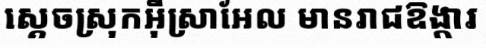
ស្តេចស្រុកអ៊ីស្រាអែល មានរាជឱង្ការ